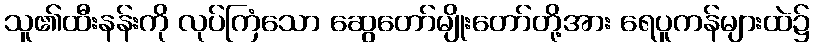
သူ၏ထီးနန်းကို လုပ်ကြံသော ဆွေတော်မျိုးတော်တို့အား ရေပူကန်များထဲ၌